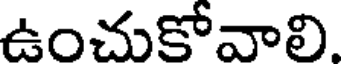
ఉంచుకోవాలి.